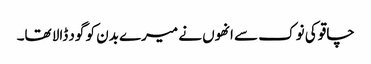
چاقو کی نوک سے انھوں نے میرے بدن کو گود ڈالا تھا۔